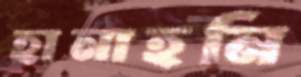
হানাহনি